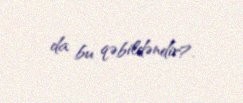
da bu qəbildəndir?.